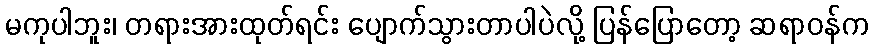
မကုပါဘူး၊ တရားအားထုတ်ရင်း ပျောက်သွားတာပါပဲလို့ ပြန်ပြောတော့ ဆရာဝန်က